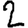
Digit: 2